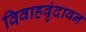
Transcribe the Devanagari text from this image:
विवाहवृंदावन